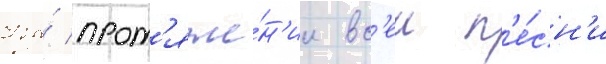
На́ прот'яже́н'ии вс'еи п'е́сн'и